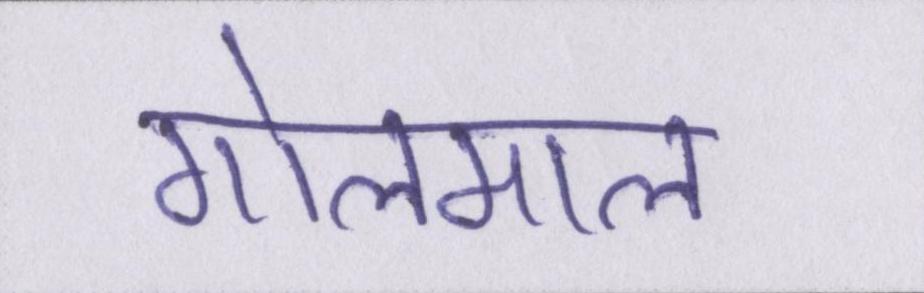
गोलमाल